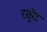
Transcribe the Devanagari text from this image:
ट्यूरेट